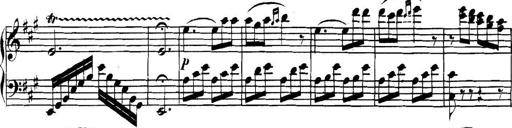
Title: Collected Piano Sonatas
Composer: Muzio Clementi